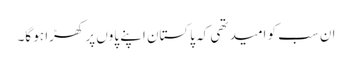
ان سب کو امید تھی کہ پاکستان اپنے پاوں پر کھڑا ہو گا۔